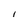
Character: I